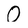
Character: 0